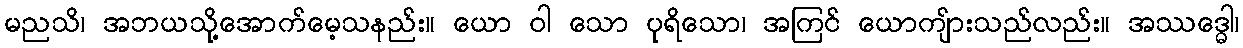
မညသိ၊ အဘယသို့အောက်မေ့သနည်း။ ယော ဝါ သော ပုရိသော၊ အကြင် ယောကျ်ားသည်လည်း။ အဿဒ္ဓေါ၊